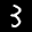
Label: 3